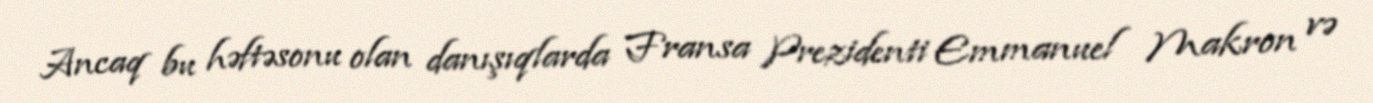
Ancaq bu həftəsonu olan danışıqlarda Fransa Prezidenti Emmanuel Makron və